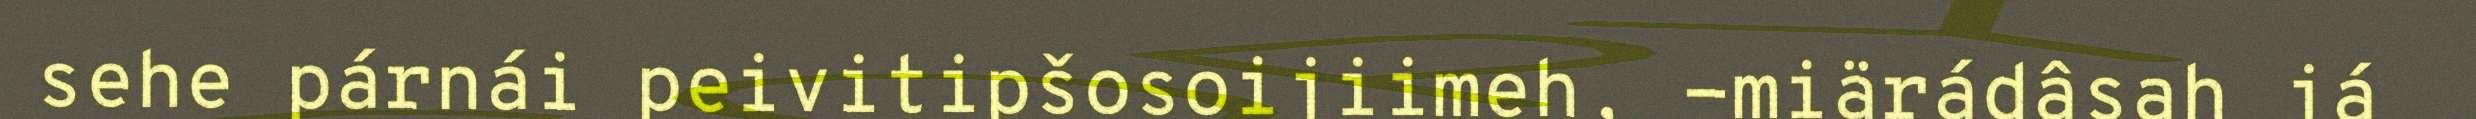
sehe párnái peivitipšosoijiimeh, -miärádâsah já